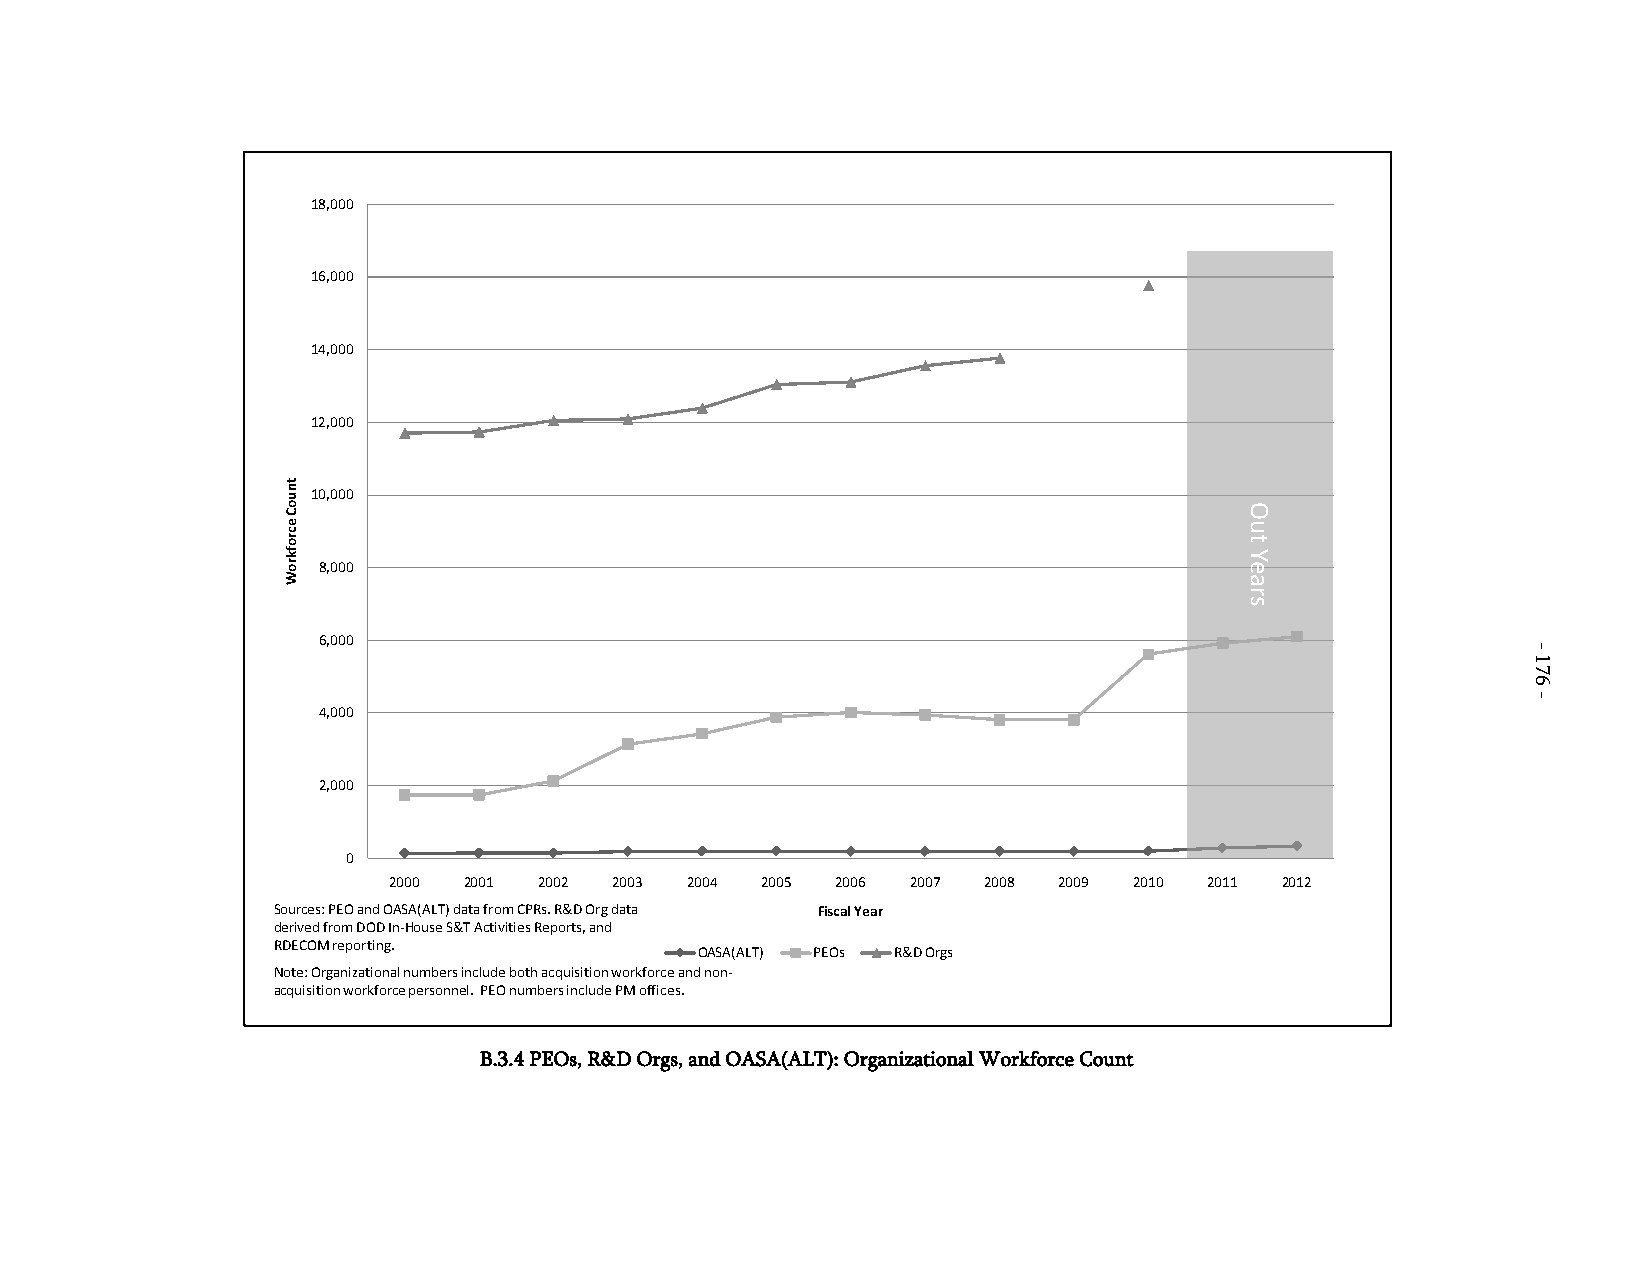
18,000
 16,000
 14,000
 12,000
 10,000
 8,000
 6,000
 4,000
 2,000
 0
 2000 2001 2002 2003 2004 2005 2006 2007 2008 2009 2010 2011 2012
 Sources: PEO and OASA(ALT) data from CPRs. R&D Org data Fiscal Year
 derived from DOD In-House S&T Activities Reports, and
 RDECOM reporting.
 OASA(ALT) PEOs R&D Orgs
 Note: Organizational numbers include both acquisition workforce and non-
 acquisition workforce personnel. PEO numbers include PM offices.
 B.3.4 PEOs, R&D Orgs, and OASA(ALT): Organizational Workforce Count
 tnuoC
 ecrofkroW
 Out
 Years
 -
 176
 -